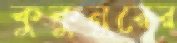
কুকুনুরের